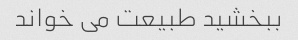
ببخشید طبیعت می خواند